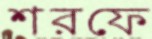
শরফে